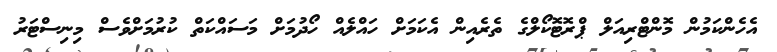
އެހެންކަމުން މޮންޓްރިއަލް ޕްރޮޓޮކޯލްގެ ތެރެއިން އެކަމަށް ހައްލެއް ހޯދުމަށް މަސައްކަތް ކުރުމަށްވެސް މިނިސްޓަރު